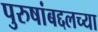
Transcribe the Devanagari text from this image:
पुरुषांबद्दलच्या